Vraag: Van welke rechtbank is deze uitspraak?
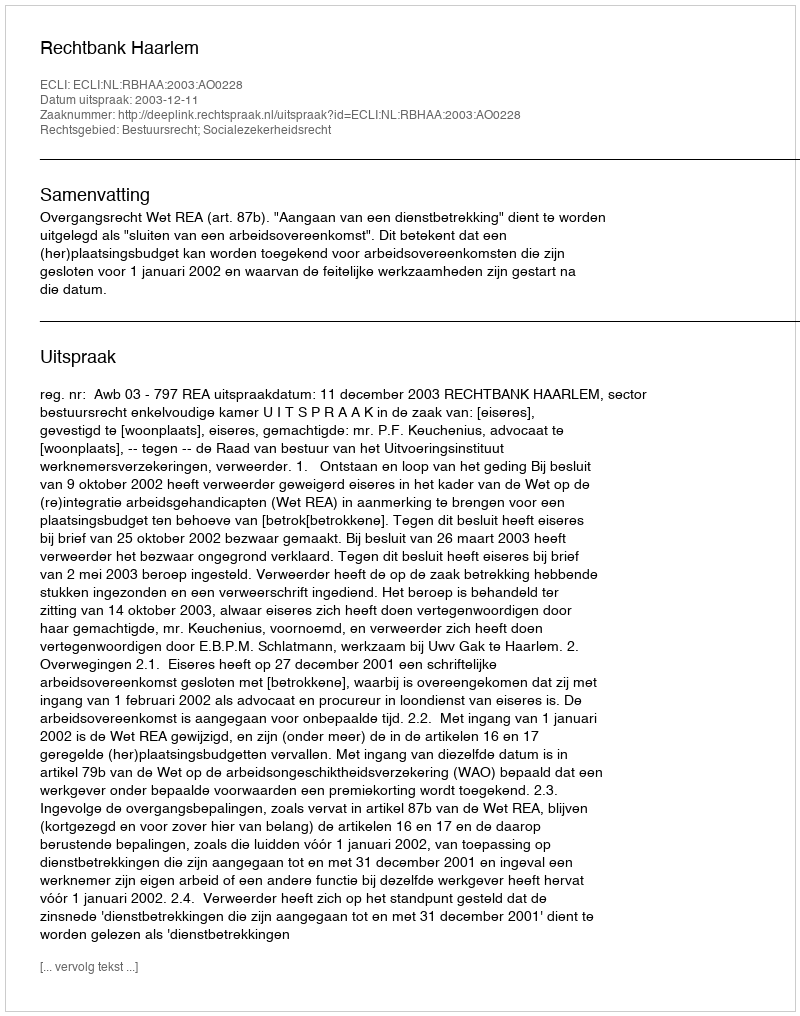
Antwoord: Rechtbank Haarlem